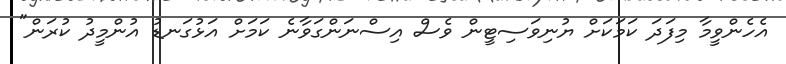
އެހެންވީމާ މިފަދަ ކަމަކަށް ޔުނިވަސިޓީން ވެސް އިސްނަންގަވާނެ ކަމަށް އަޅުގަނޑު އުންމީދު ކުރަން"